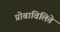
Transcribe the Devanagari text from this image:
प्रोबाविलिते